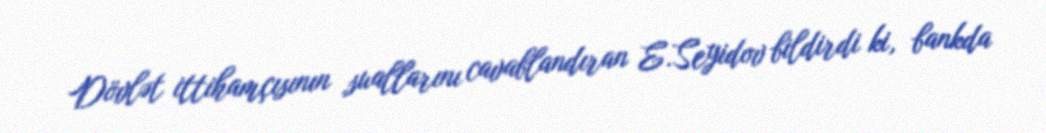
Dövlət ittihamçısının suallarını cavablandıran E.Seyidov bildirdi ki, bankda